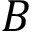
B